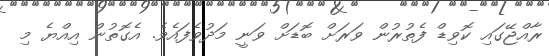
ރާއްޖޭގައި ކޮވިޑް ފެތުރުން ވަރަށް ބޮޑަށް ވަނީ މަދުވެފައެވެ. އެގޮތުން އިއްޔެ މި